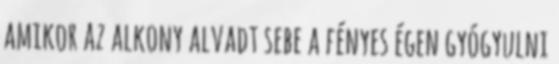
amikor az alkony alvadt sebe a fényes égen gyógyulni